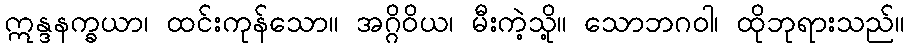
ဣန္ဒနက္ခယာ၊ ထင်းကုန်သော။ အဂ္ဂိဝိယ၊ မီးကဲ့သို့။ သောဘဂဝါ၊ ထိုဘုရားသည်။